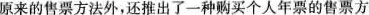
原来的售票方法外，还推出了一种购买个人年票的售票方